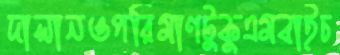
দালানওপরিমাণটুকুএমবাইচ